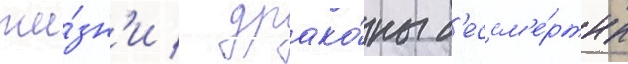
жи́зн'и / драко́ны б'ессм'е́ртны